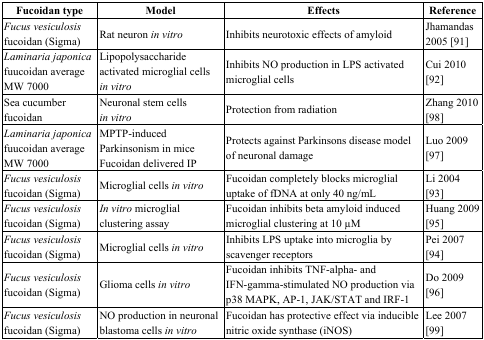
| Fucoidan type | Model | Effects | Reference |
 | --- | --- | --- | --- |
 | Fucus vesiculosis fucoidan (Sigma) | Rat neuron in vitro | Inhibits neurotoxic effects of amyloid | Jhamandas 2005 [91] |
 | Laminaria japonica fuucoidan average MW 7000 | Lipopolysaccharide activated microglial cells in vitro | Inhibits NO production in LPS activated microglial cells | Cui 2010 [92] |
 | Sea cucumber fucoidan | Neuronal stem cells in vitro | Protection from radiation | Zhang 2010 [98] |
 | Laminaria japonica fuucoidan average MW 7000 | MPTP-inducedParkinsonism in miceFucoidan delivered IP | Protects against Parkinsons disease model of neuronal damage | Luo 2009 [97] |
 | Fucus vesiculosis fucoidan (Sigma) | Microglial cells in vitro | Fucoidan completely blocks microglial uptake of fDNA at only 40 ng/mL | Li 2004 [93] |
 | Fucus vesiculosis fucoidan (Sigma) | In vitro microglial clustering assay | Fucoidan inhibits beta amyloid induced microglial clustering at 10 μM | Huang 2009 [95] |
 | Fucus vesiculosis fucoidan (Sigma) | Microglial cells in vitro | Inhibits LPS uptake into microglia by scavenger receptors | Pei 2007 [94] |
 | Fucus vesiculosis fucoidan (Sigma) | Glioma cells in vitro | Fucoidan inhibits TNF-alpha- and IFN-gamma-stimulated NO production via p38 MAPK, AP-1, JAK/STAT and IRF-1 | Do 2009 [96] |
 | Fucus vesiculosis fucoidan (Sigma) | NO production in neuronal blastoma cells in vitro | Fucoidan has protective effect via inducible nitric oxide synthase (iNOS) | Lee 2007 [99] |